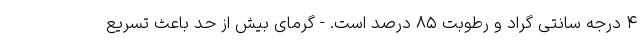
۴ درجه سانتی گراد و رطوبت ۸۵ درصد است. - گرمای بیش از حد باعث تسریع